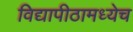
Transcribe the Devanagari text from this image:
विद्यापीठामध्येच